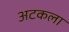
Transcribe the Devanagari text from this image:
अटकला